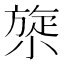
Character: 𰕯